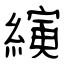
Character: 縯